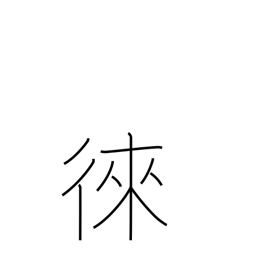
Meaning: encourage to come